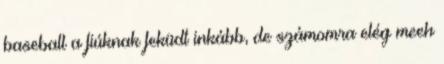
baseball a fiúknak feküdt inkább, de számomra elég meeh